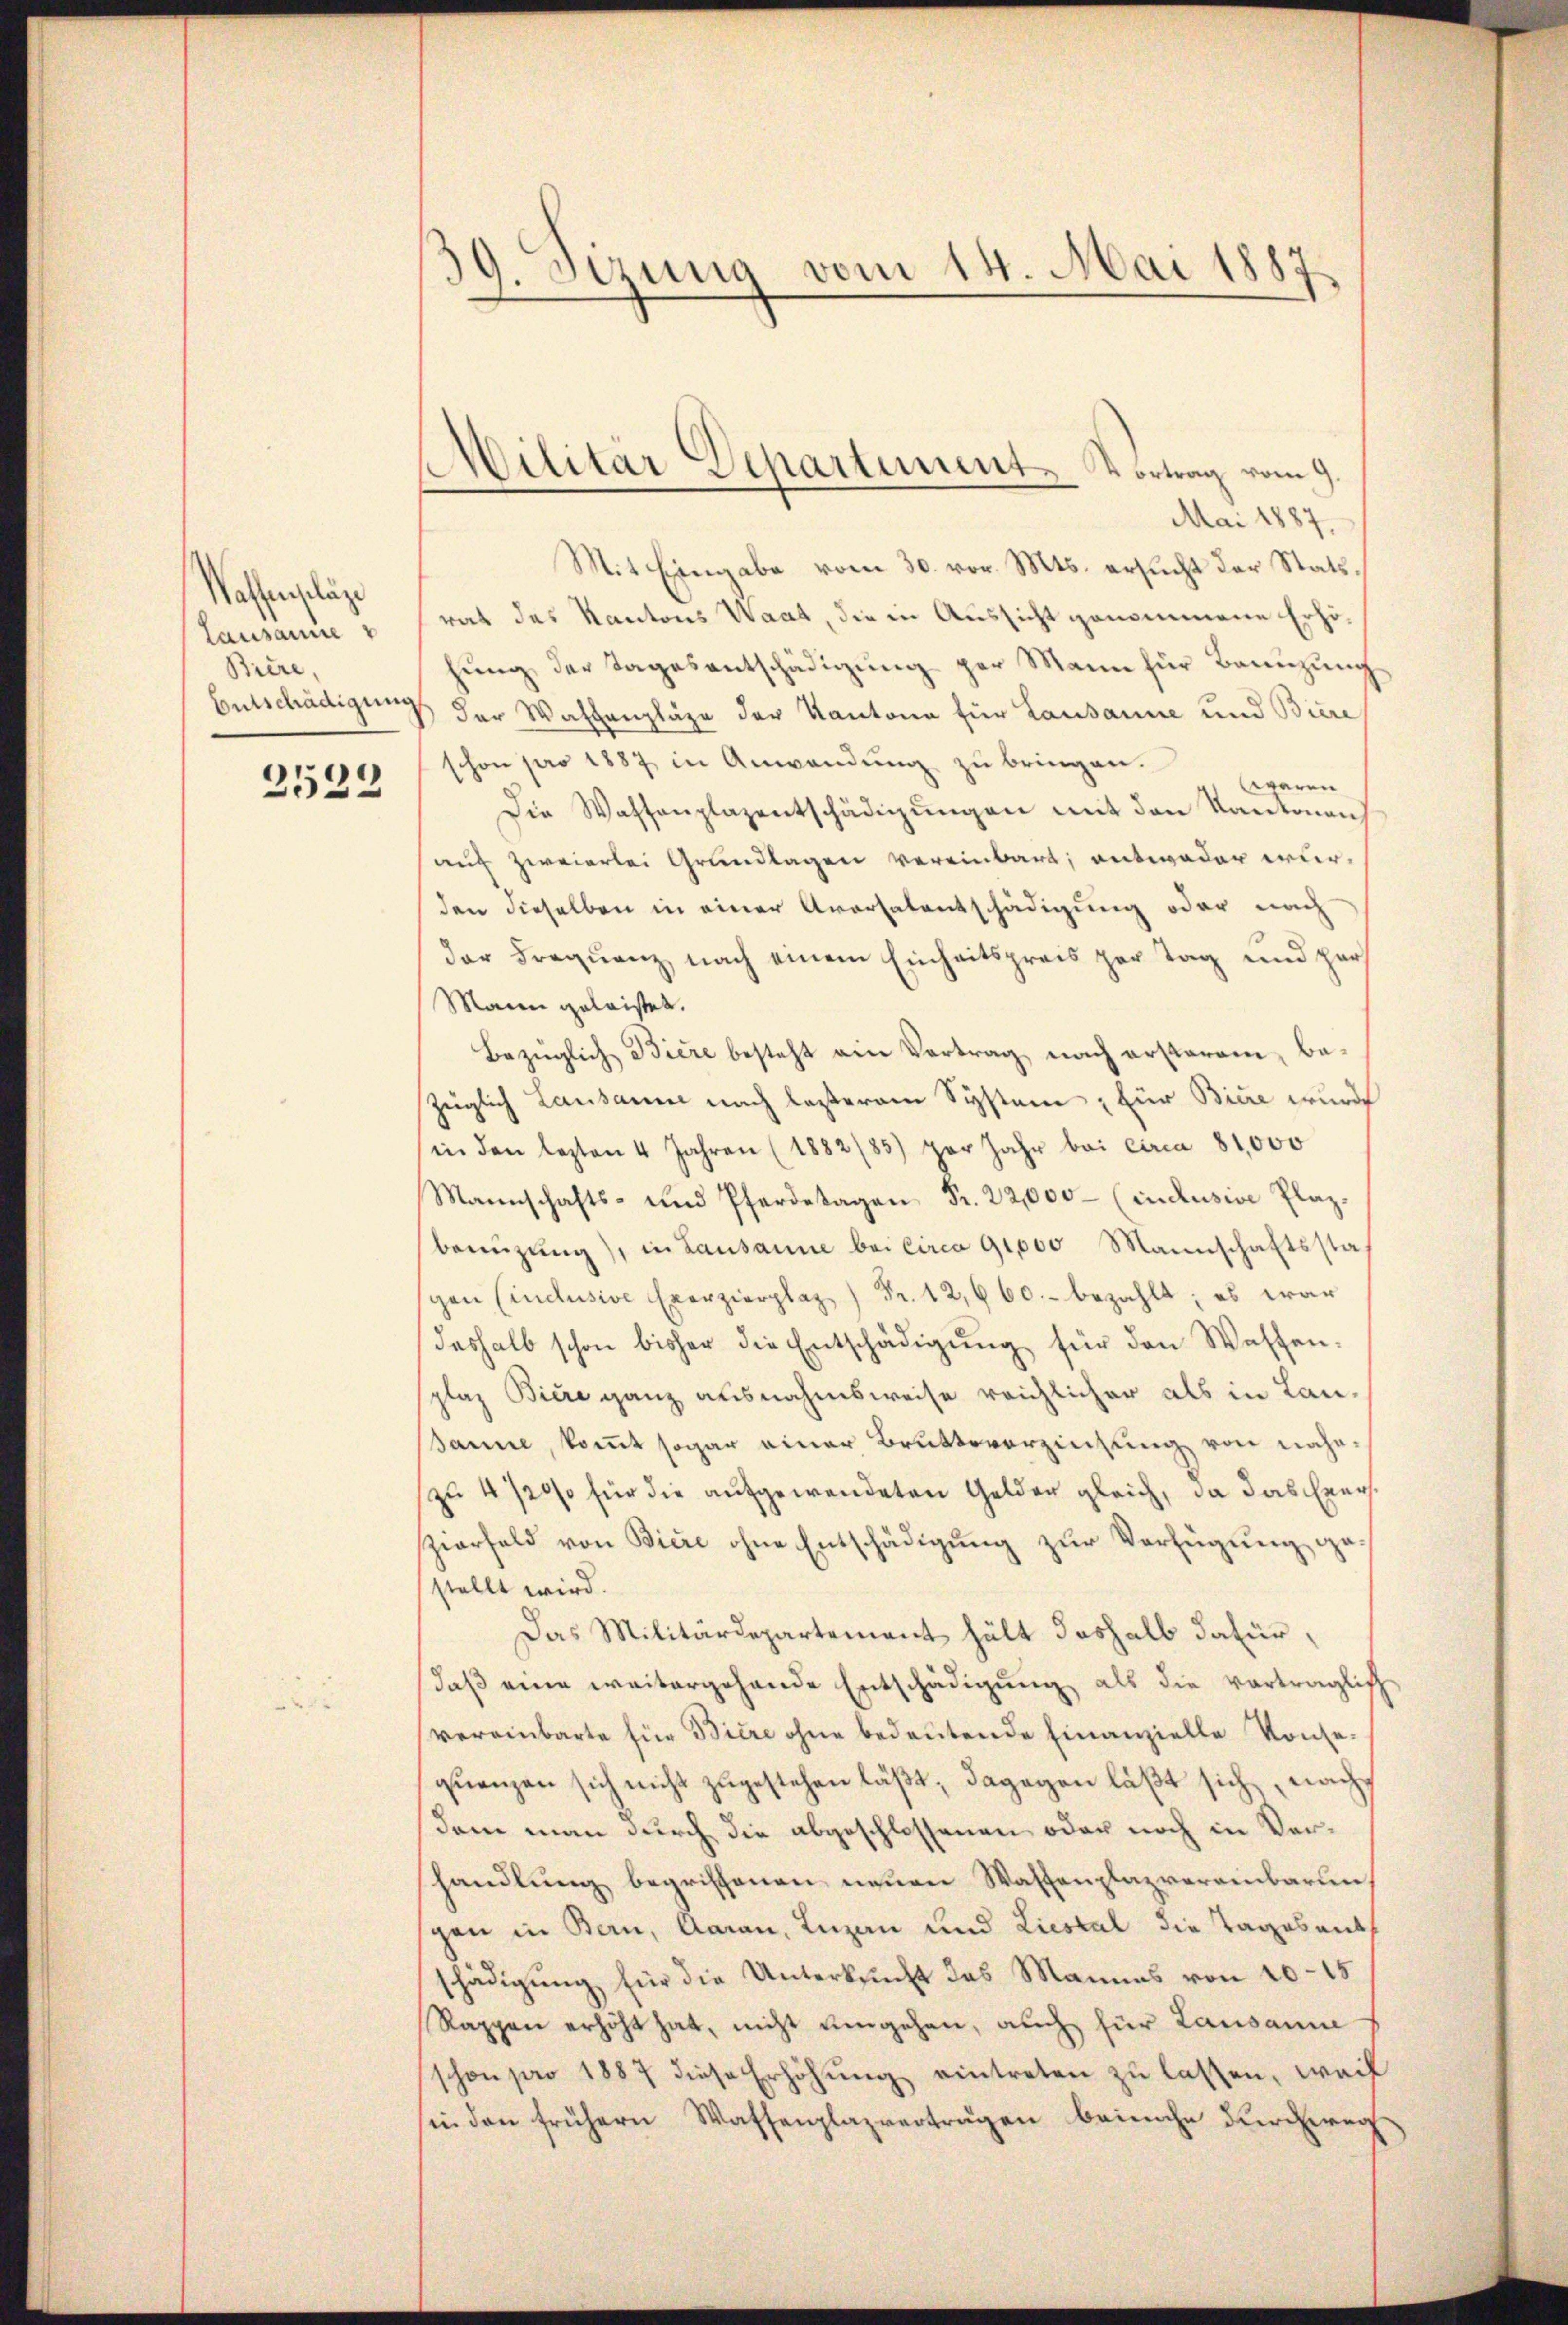
Wahen läge
Lausanne v
Biere,
Entschädigung
2522

tzung vom 14. Mai 1887.
.

Militär Departement. Vortrag vom 9.

Mai 1887.
Mit Eingabe vom 30. vor. Mts. ersucht der Statsrat des Kantons Waat, die in Aussicht genommene Erhöhung der Tagesentschädigung per Mann für Bannzung
der Waltenpläge der Kantone für Lausanne und Biere
schon pro 1887 in Anwendŭng zŭ bringen.
lgeren
Die Waffenplazentschädigŭngen mit den Kantonen
auf zweierlei Grundlagen vereinbart, antweder wurden dieselben in einer Aversalentschädigung oder nach
der Frequenz nach einem Einheitspreis zur Tag und pers
Mann geleistet.
Bezüglich Biere besteht ein Vertrag, nach ersteram, bezüglich Lausanne nach lasterem System, für Biere wurde
in den lezten 4 Jahren (1882/85) per Jahr bei circa 81,000
Mannschafts- und Pferden Fr. 22,000 (inclusive Plaz.
benüzung), in Lausanne bei Circa 91,000 Mannschaftsstagen Cindusive Erzierpla Fr. 12,660. bezahlt; es war
deshalb schon bisher die Entschädigŭng für den Wassen-
splaz Biere ganz ausnahmsweise reichlicher als in Lansanne, kommt sogar einer Bruttoverzinsung von nahezu 4 7200 für die aufgewendeten Gelder gleich, da das Erer
zierfeld von Biere ohne Entschädigung zur Verfügung gestellt wird.
Das Militärdepartement hält deshalb dafür,
daß eine weitergehende Entschädigung als die vorträglich
vereinbarte für Biere ohne bedeutende Finanzielle Konsequenzen sich nicht zugestehen läßt, dagegen läßt sich, nachdem man durch die abgeschlossenen oder noch in Verhandlung begriffenen neuen Waffenplazvereinbarun
gen in Bern, Aarau, Luzan und Liestal die Tagesant
schädigung für die Unterkunft des Mannes von 10-15
Rappen erhöht hat, nicht umgehen, auch für Lausanne
schon pro 1887 diese Erhöhŭng eintreten zŭ lassen, weil
sei den frühern Wassenplazverträgen beinahe durchweg